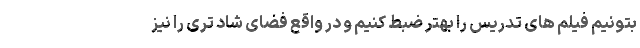
بتونیم فیلم های تدریس را بهتر ضبط کنیم و در واقع فضای شاد تری را نیز